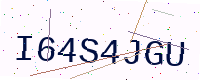
Text: I64S4JGU